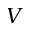
V